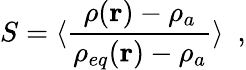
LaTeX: S=\langle\frac{\rho(\mathbf{r})-\rho_{a}}{\rho_{eq}(\mathbf{r})-\rho_{a}}\rangle\ \ ,